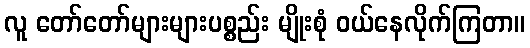
လူ တော်တော်များများပစ္စည်း မျိုးစုံ ဝယ်နေလိုက်ကြတာ။